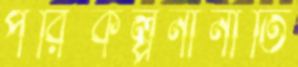
পরিকল্পনানীতি